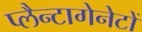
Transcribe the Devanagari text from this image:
प्लैन्टागेनेटों